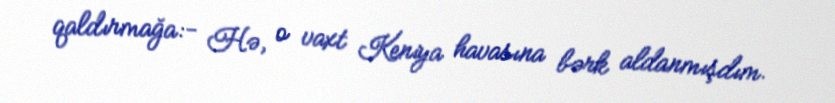
qaldırmağa:- Hə, o vaxt Keniya havasına bərk aldanmışdım.